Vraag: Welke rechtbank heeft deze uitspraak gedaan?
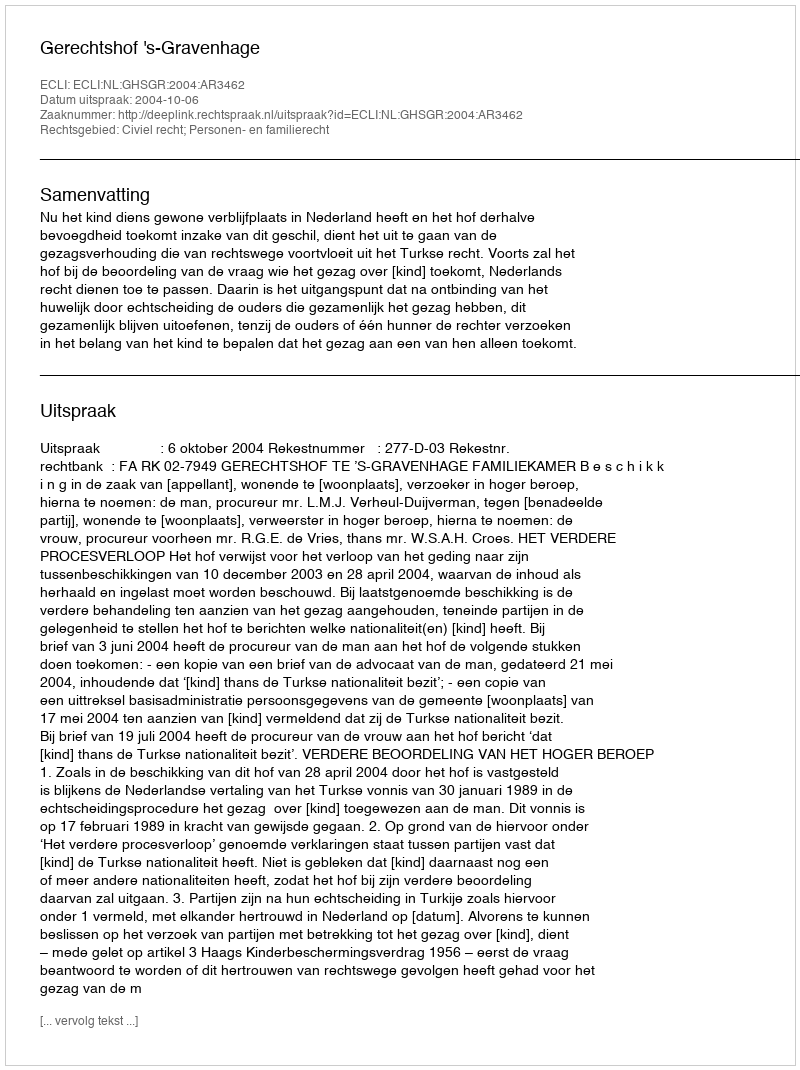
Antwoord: Gerechtshof 's-Gravenhage